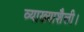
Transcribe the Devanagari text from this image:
व्याख्याशैली।